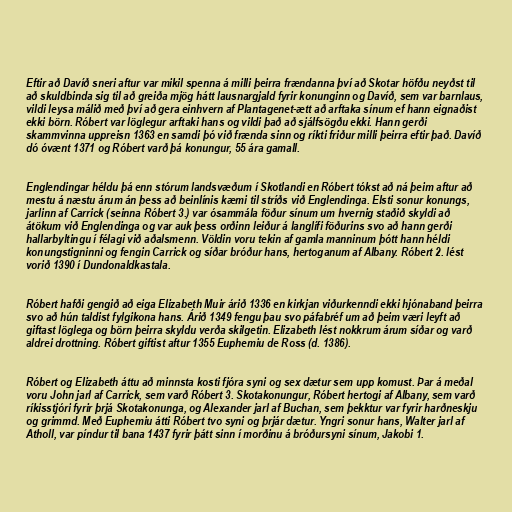
Eftir að Davíð sneri aftur var mikil spenna á milli þeirra frændanna því að Skotar höfðu neyðst til
að skuldbinda sig til að greiða mjög hátt lausnargjald fyrir konunginn og Davíð, sem var barnlaus,
vildi leysa málið með því að gera einhvern af Plantagenet-ætt að arftaka sínum ef hann eignaðist
ekki börn. Róbert var löglegur arftaki hans og vildi það að sjálfsögðu ekki. Hann gerði
skammvinna uppreisn 1363 en samdi þó við frænda sinn og ríkti friður milli þeirra eftir það. Davíð
dó óvænt 1371 og Róbert varð þá konungur, 55 ára gamall.

Englendingar héldu þá enn stórum landsvæðum í Skotlandi en Róbert tókst að ná þeim aftur að
mestu á næstu árum án þess að beinlínis kæmi til stríðs við Englendinga. Elsti sonur konungs,
jarlinn af Carrick (seinna Róbert 3.) var ósammála föður sínum um hvernig staðið skyldi að
átökum við Englendinga og var auk þess orðinn leiður á langlífi föðurins svo að hann gerði
hallarbyltingu í félagi við aðalsmenn. Völdin voru tekin af gamla manninum þótt hann héldi
konungstigninni og fengin Carrick og síðar bróður hans, hertoganum af Albany. Róbert 2. lést
vorið 1390 í Dundonaldkastala.

Róbert hafði gengið að eiga Elizabeth Muir árið 1336 en kirkjan viðurkenndi ekki hjónaband þeirra
svo að hún taldist fylgikona hans. Árið 1349 fengu þau svo páfabréf um að þeim væri leyft að
giftast löglega og börn þeirra skyldu verða skilgetin. Elizabeth lést nokkrum árum síðar og varð
aldrei drottning. Róbert giftist aftur 1355 Euphemiu de Ross (d. 1386).

Róbert og Elizabeth áttu að minnsta kosti fjóra syni og sex dætur sem upp komust. Þar á meðal
voru John jarl af Carrick, sem varð Róbert 3. Skotakonungur, Róbert hertogi af Albany, sem varð
ríkisstjóri fyrir þrjá Skotakonunga, og Alexander jarl af Buchan, sem þekktur var fyrir harðneskju
og grimmd. Með Euphemiu átti Róbert tvo syni og þrjár dætur. Yngri sonur hans, Walter jarl af
Atholl, var píndur til bana 1437 fyrir þátt sinn í morðinu á bróðursyni sínum, Jakobi 1.